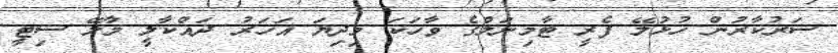
ސަރުކާރުން ހުޅުލޭ ފެރީ ޓާމިނަލްގެ ވާހަކަ މިދިޔަ އަހަރު ދައްކާލީ މާލޭ ސިޓީ